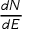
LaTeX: \frac { d N } { d E }